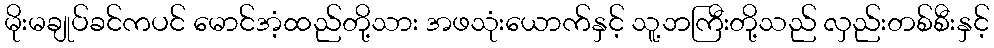
မိုးမချုပ်ခင်ကပင် မောင်အံ့ထည်တို့သား အဖသုံးယောက်နှင့် သူ့ဘကြီးတို့သည် လှည်းတစ်စီးနှင့်